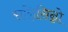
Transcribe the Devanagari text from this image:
सन्निसिन्नो